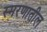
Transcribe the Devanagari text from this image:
स्मरणातील